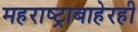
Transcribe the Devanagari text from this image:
महराष्ट्राबाहेरही